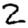
Digit: 2